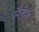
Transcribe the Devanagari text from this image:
स्पॅनीश